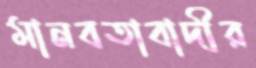
মানবতাবাদীর